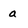
Character: a